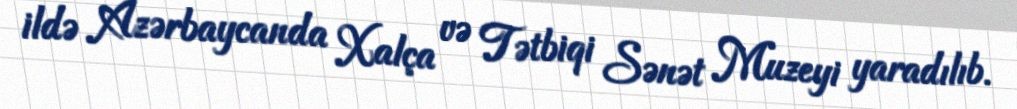
ildə Azərbaycanda Xalça və Tətbiqi Sənət Muzeyi yaradılıb.